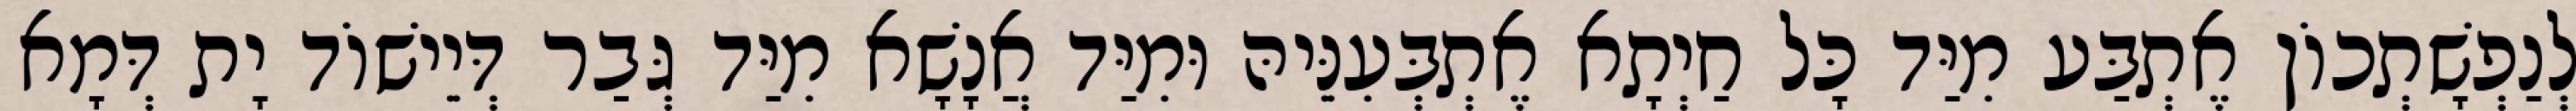
לְנַפְשָׁתְכוֹן אֶתְבַּע מִיַּד כָּל חַיְתָא אֶתְבְּעִנֵּיהּ וּמִיַּד אֲנָשָׁא מִיַּד גְּבַר דְּיֵישׁוֹד יָת דְּמָא